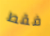
فقط